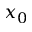
x _ { 0 }